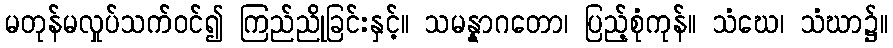
မတုန်မလှုပ်သက်ဝင်၍ ကြည်ညိုခြင်းနှင့်။ သမန္နာဂတော၊ ပြည့်စုံကုန်။ သံဃေ၊ သံဃာ၌။